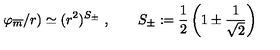
\varphi _ { \overline { { m } } } / r ) \simeq ( r ^ { 2 } ) ^ { S _ { \pm } } \ , \qquad S _ { \pm } : = \frac { 1 } { 2 } \left( 1 \pm \frac { 1 } { \sqrt { 2 } } \right)